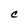
Character: C